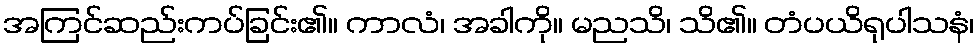
အကြင်ဆည်းကပ်ခြင်း၏။ ကာလံ၊ အခါကို။ မညသိ၊ သိ၏။ တံပယိရုပါသနံ၊